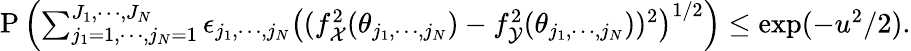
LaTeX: \begin{array}{r}{\mathrm{P}\left(\sum_{j_{1}=1,\cdots,j_{N}=1}^{J_{1},\cdots,J_{N}}\epsilon_{j_{1},\cdots,j_{N}}\left((f_{\mathcal{X}}^{2}(\theta_{j_{1},\cdots,j_{N}})-f_{\mathcal{Y}}^{2}(\theta_{j_{1},\cdots,j_{N}}))^{2}\right)^{1/2}\right)\leq\exp(-u^{2}/2).}\end{array}